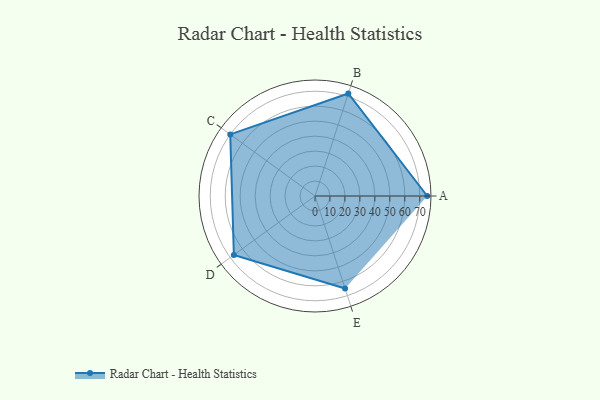
{"axis": {"x": "Skill", "y": "Score"}, "legend": ["Profile"], "data": [{"x": "A", "y": 75.0, "type": "Profile"}, {"x": "B", "y": 72.0, "type": "Profile"}, {"x": "C", "y": 70.0, "type": "Profile"}, {"x": "D", "y": 67.0, "type": "Profile"}, {"x": "E", "y": 65.0, "type": "Profile"}]}